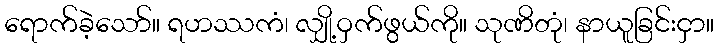
ရောက်ခဲ့သော်။ ရဟဿကံ၊ လျှို့ဝှက်ဖွယ်ကို။ သုဏိတုံ၊ နာယူခြင်းငှာ။